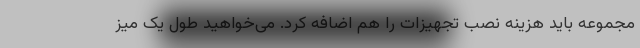
مجموعه باید هزینه نصب تجهیزات را هم اضافه کرد. می‌خواهید طول یک میز